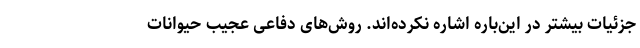
جزئیات بیشتر در این‌باره اشاره نکرده‌اند. روش‌های دفاعی عجیب حیوانات